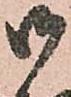
御